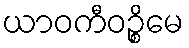
ယာဝကီဝဉ္စိမေ